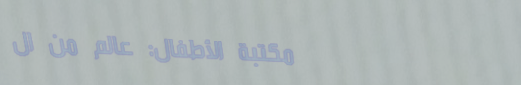
مكتبة الأطفال: عالم من ال